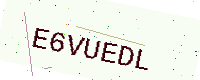
Text: E6VUEDL